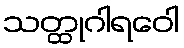
သတ္ထုဂါရဝေါ